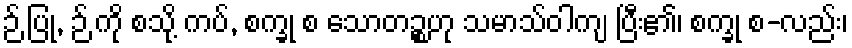
ဉ် ပြု, ဉ် ကို စသို့ ကပ်, စက္ခု စ သောတဉ္စဟု သမာသ်ဝါကျ ပြီး၏၊ စက္ခု စ-လည်း၊